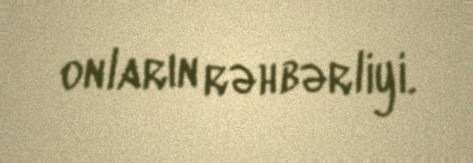
onların rəhbərliyi.